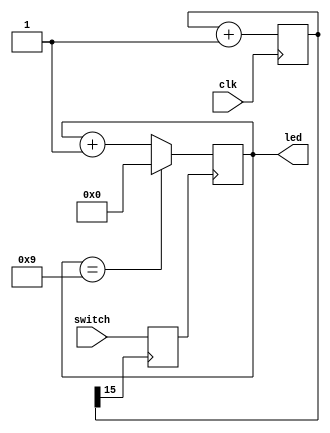
module Chattering(clk, switch, led);
	input clk, switch;
	output [3:0] led;
	reg [3:0] ff;
	reg[15:0] cnt;
	reg swreg;
	wire c_clk, sw_out;
	
	always @(posedge clk) begin
		cnt=cnt+1;
	end
	assign c_clk=cnt[15];
	
	always @(posedge c_clk) begin
		swreg=switch;
	end
	assign sw_out=swreg;
	
	always @(posedge sw_out) begin
		if(ff==4'h9)
			ff=4'h0;
		else
			ff=ff+1;
	end
	assign led=ff;
endmodule